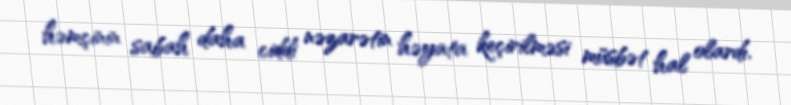
həmçinin sabah daha ciddi nəzarətin həyata keçirilməsi müsbət hal olardı.